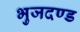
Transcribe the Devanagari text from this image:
भुजदण्ड